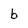
Character: b